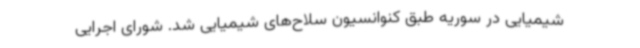
شیمیایی در سوریه طبق کنوانسیون سلاح‌های شیمیایی شد. شورای اجرایی